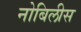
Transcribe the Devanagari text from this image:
नोबिलीस